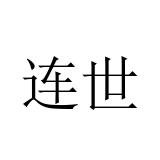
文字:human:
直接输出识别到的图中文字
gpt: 连世